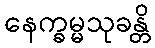
နေက္ခမ္မသုခန္တိ